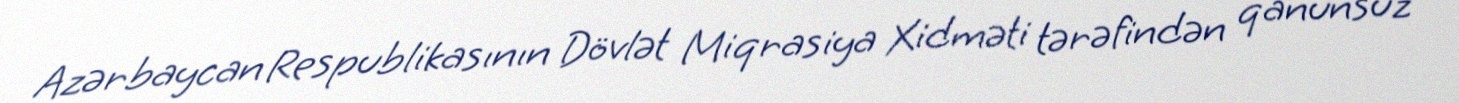
Azərbaycan Respublikasının Dövlət Miqrasiya Xidməti tərəfindən qanunsuz